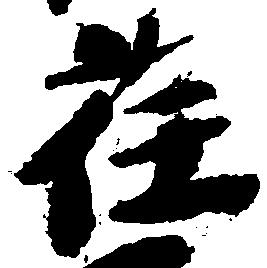
荏